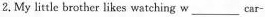
2. My little brother likes watching w___ car-